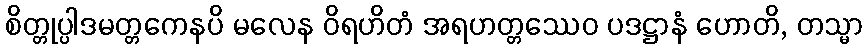
စိတ္တုပ္ပါဒမတ္တကေနပိ မလေန ဝိရဟိတံ အရဟတ္တဿေဝ ပဒဋ္ဌာနံ ဟောတိ, တသ္မာ